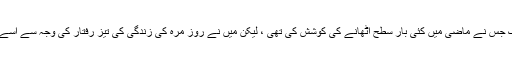
ایک سرگوشی ایک جس نے ماضی میں کئی بار سطح اٹھانے کی کوشش کی تھی ، لیکن میں نے روز مرہ کی زندگی کی تیز رفتار کی وجہ سے اسے کبھی نہیں دیکھا۔